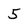
Character: 5